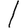
Digit: 1